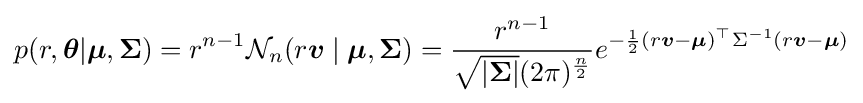
p(r,{\boldsymbol {\theta }}|{\boldsymbol {\mu }},{\boldsymbol {\Sigma }})=r^{n-1}{\mathcal {N}}_{n}(r{\boldsymbol {v}}\mid {\boldsymbol {\mu }},{\boldsymbol {\Sigma }})={\frac {r^{n-1}}{{\sqrt {|{\boldsymbol {\Sigma }}|}}(2\pi )^{\frac {n}{2}}}}e^{-{\frac {1}{2}}(r{\boldsymbol {v}}-{\boldsymbol {\mu }})^{\top }\Sigma ^{-1}(r{\boldsymbol {v}}-{\boldsymbol {\mu }})}